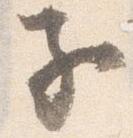
子